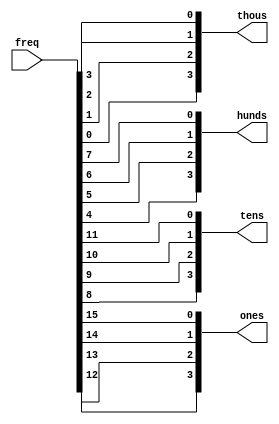
`timescale 1ns / 1ps

// convert the input frequency to bcd
module BCD(freq,thous,hunds,tens,ones);
    input [15:0] freq; // input frequnecy

    output [3:0] thous; // thousandths place of output frequency 
    output [3:0] hunds; // hundredths place
    output [3:0] tens; //  tenths place
    output [3:0] ones; //  ones place
    
   
    integer i; 
    
    reg [3:0] thous_temp; // thousandths place of input frequency 
    reg [3:0] hunds_temp; // hundredths place
    reg [3:0] tens_temp; //  tenths place
    reg [3:0] ones_temp; //  ones place
    
    always @(freq)
    begin 
        thous_temp=0; // thousandths place of input frequency 
        hunds_temp=0; // hundredths place
        tens_temp=0; //  tenths place
        ones_temp=0; //  ones place
        
        for (i=0; i <= 15; i = i+1)
        // add 3 to every place (more than)/(equal to) 5
        begin
            if (thous_temp > 4)
                thous_temp <= thous_temp + 3;
            if (hunds_temp > 4)
                hunds_temp <= hunds_temp + 3;
            if (tens_temp > 4)
                tens_temp <= tens_temp + 3;
            if (ones_temp > 4)
                ones_temp <= ones_temp + 3;
                
            // then shift every bit to the left one
            thous_temp = thous_temp << 1;
                thous_temp[0] = hunds_temp[3];
            hunds_temp = hunds_temp << 1;
                hunds_temp[0] = tens_temp[3];
            tens_temp = tens_temp << 1;
                tens_temp[0] = ones_temp[3];
            ones_temp = ones_temp << 1;
                ones_temp[0] = freq[i];
        end
    end
    
    assign thous = thous_temp;
    assign hunds = hunds_temp;
    assign tens = tens_temp;
    assign ones = ones_temp;
    
endmodule